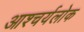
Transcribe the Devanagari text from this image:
आश्चर्यलोक